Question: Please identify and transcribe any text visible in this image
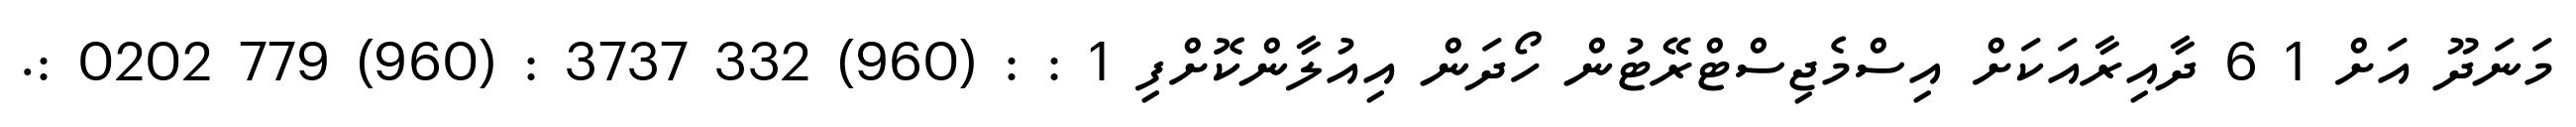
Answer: މަނަދޫ އަށް 1 6 ދާއިރާއަކަށް އިސްމެޖިސްޓްރޭޓުން ހޯދަން އިއުލާންކޮށްފި 1 : : (960) 332 3737 : (960) 779 0202 :.